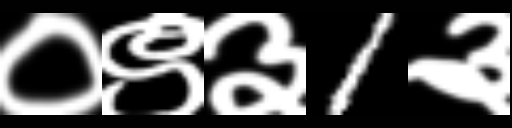
Text: ०९३1३